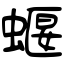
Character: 蝘